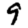
Digit: 9